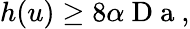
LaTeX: h(u)\geq 8\alpha\mathrm{~D~a~},